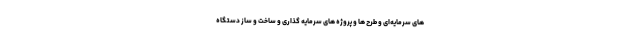
های سرمایه‌ای و طرح ها و پروژه های سرمایه گذاری و ساخت و ساز دستگاه